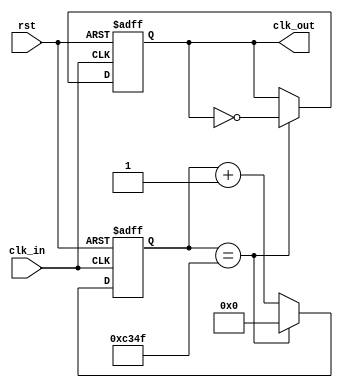
`timescale 1ns / 1ps
//////////////////////////////////////////////////////////////////////////////////
// Company: 
// Engineer: 
// 
// Design Name: 
// Module Name: CNT
// Project Name: 
// Target Devices: 
// Tool Versions: 
// Description: 
// 
// Dependencies: 
// 
// Revision:
// Revision 0.01 - File Created
// Additional Comments:
// 
//////////////////////////////////////////////////////////////////////////////////


module CNT(
    input rst,
    input clk_in,
    output reg clk_out
    );

    reg [19:0] j;
    
    always @(posedge clk_in or posedge rst)
    begin
        if(rst)
        begin
            clk_out <= 0;
            j <= 0;
        end
        else
        begin
            if(j == 49999)
            begin
                j <= 0;
                clk_out <= ~clk_out;
                end
            else
                j <= j + 1;
        end
    end
endmodule